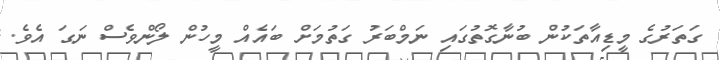
ގަތަރުގެ މީޑިއާތަކުން ބުނާގޮތުގައި ނަމްބަރު ގަތުމަށް ބައެއް މީހުން ލޯންވެސް ނަގަ އެވެ.